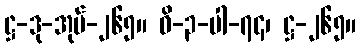
ဋ္ဌ-ဒု-အုပ်-၂၆၅။ ဝိ-၃-ပါ-၇၄၊ ဋ္ဌ-၂၆၅။